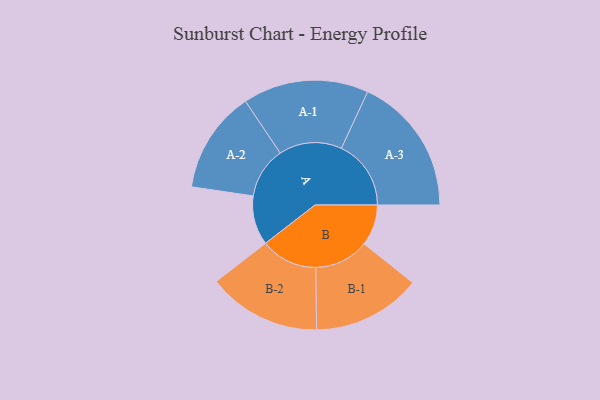
{"axis": {"x": "Segment", "y": "Value"}, "legend": ["", "A", "B"], "data": [{"x": "A", "y": 168, "type": ""}, {"x": "B", "y": 140, "type": ""}, {"x": "A-1", "y": 214, "type": "A"}, {"x": "A-2", "y": 174, "type": "A"}, {"x": "A-3", "y": 237, "type": "A"}, {"x": "B-1", "y": 185, "type": "B"}, {"x": "B-2", "y": 193, "type": "B"}]}